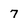
Character: 7